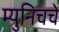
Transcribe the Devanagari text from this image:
म्युनिचचे